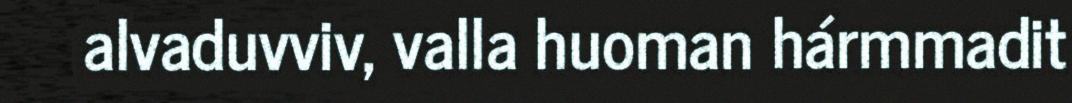
alvaduvviv, valla huoman hármmadit